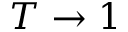
T \rightarrow 1